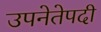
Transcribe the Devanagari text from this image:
उपनेतेपदी